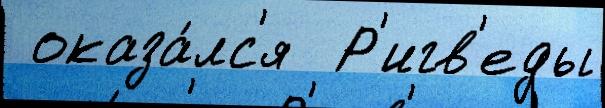
 оказа́лс'я  Р'игв'еды